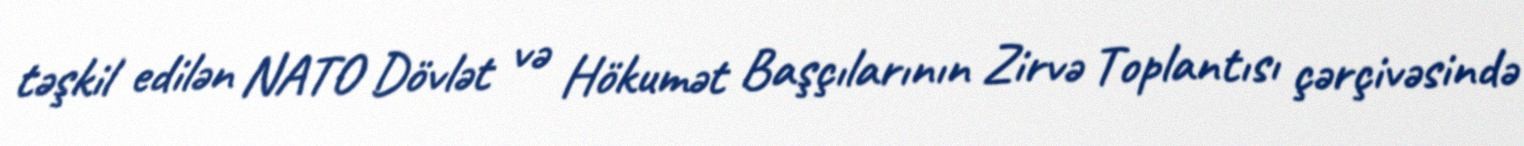
təşkil edilən NATO Dövlət və Hökumət Başçılarının Zirvə Toplantısı çərçivəsində